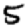
Digit: 5